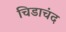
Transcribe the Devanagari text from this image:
चिडाचंद